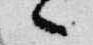
々